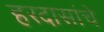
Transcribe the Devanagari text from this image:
हरदासांचे